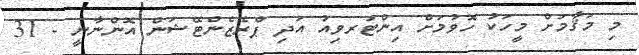
މި މަޤާމަށް މީހަކު ހޮވުމަށް އިންޓަރވިއު އަދި ޕްރެޒެންޓޭޝަން އޮންނާނީ - 31